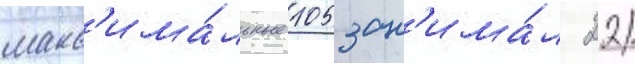
макс'има́льные 105 зан'има́л 22